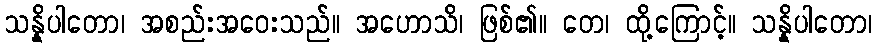
သန္နိပါတော၊ အစည်းအဝေးသည်။ အဟောသိ၊ ဖြစ်၏။ တေ၊ ထို့ကြောင့်။ သန္နိပါတော၊